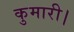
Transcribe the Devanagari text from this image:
कुमारी।